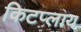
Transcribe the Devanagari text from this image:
किटप्लाय